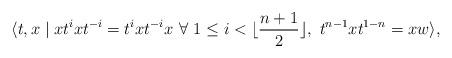
LaTeX: \begin{align*}\langle{t,x}\mid{xt^ixt^{-i}=t^ixt^{-i}x ~\forall~1\leq{i}<\lfloor\frac{n+1}2\rfloor,~t^{n-1}xt^{1-n}=xw}\rangle,\end{align*}